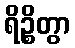
ရိဉ္စိတွာ